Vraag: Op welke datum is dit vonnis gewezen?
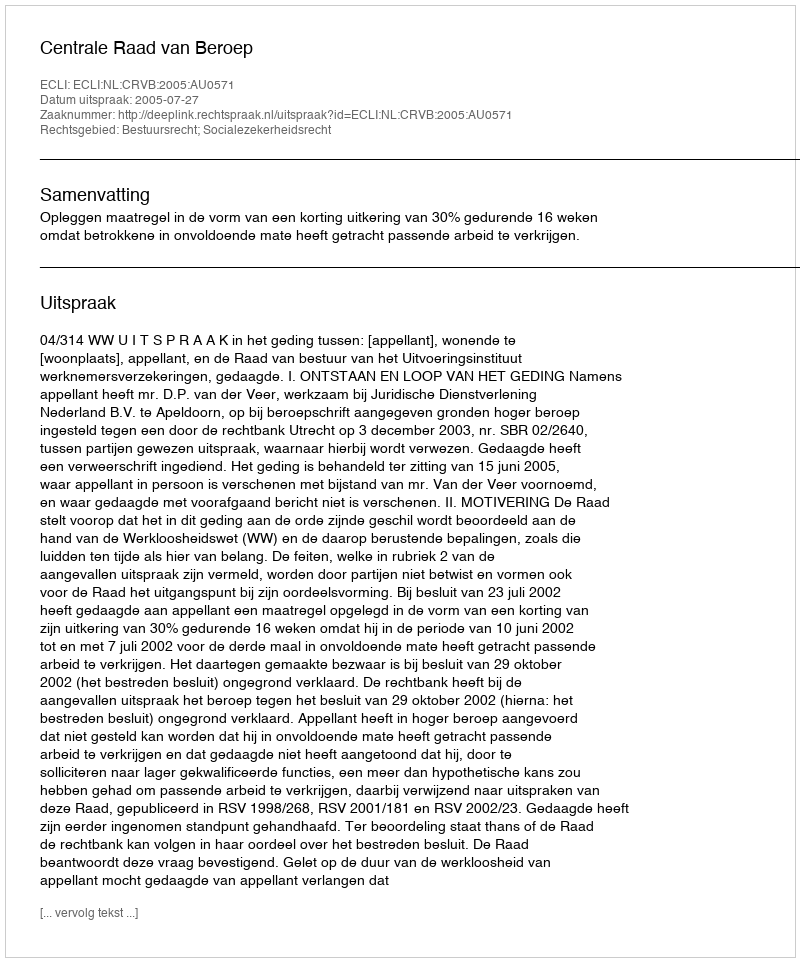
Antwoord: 2005-07-27